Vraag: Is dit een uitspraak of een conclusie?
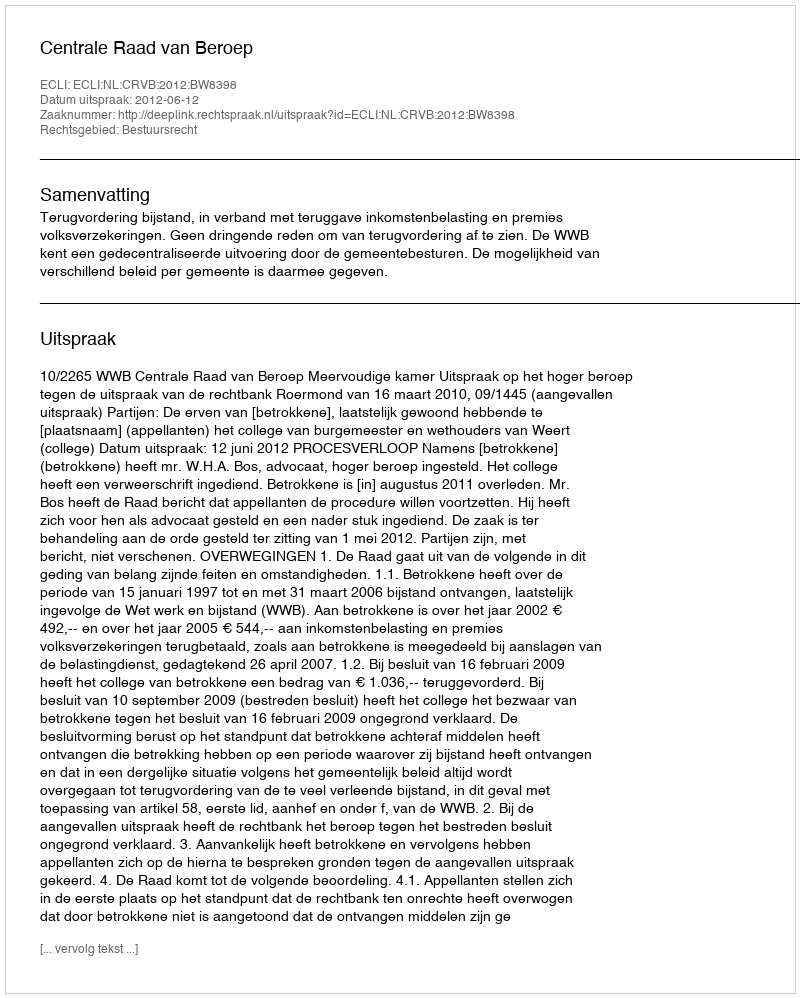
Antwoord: Uitspraak